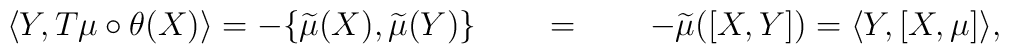
\langle Y,T\mu\circ\theta(X)\rangle=-\{\widetilde{\mu}(X),\widetilde{\mu}(Y)\}	\qquad = \qquad -\widetilde{\mu}([X,Y])=\langle Y,[X,\mu]\rangle,